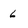
Character: 6